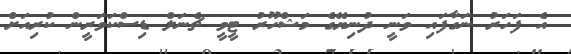
އެ ފަހަރު ނަގާފައި ވަނީ ދުނިޔޭގެ މަޝްހޫރު ޓީވީ ޗެނަލް ޑިސްކަވަރީން ކުރިއަށް